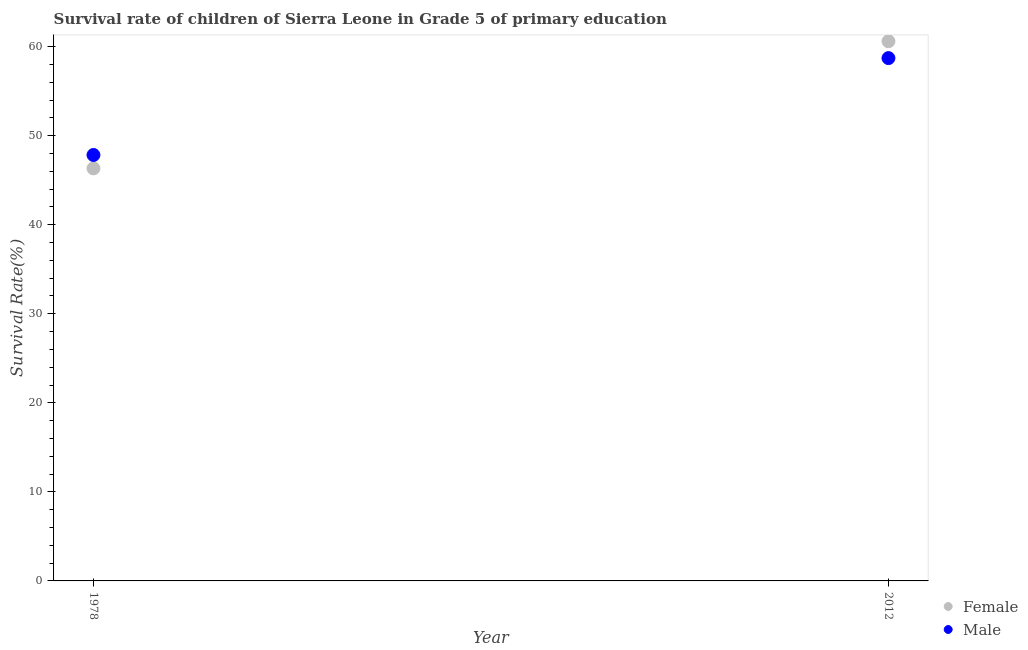
| Year | Female | Male |
 | --- | --- | --- |
 | 1978 | 46.3 | 47.8 |
 | 2012 | 60.6 | 58.7 |